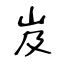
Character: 岌